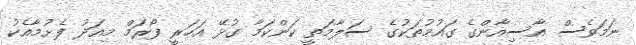
ނަމަވެސް އާސިއާންގެ ގައުމުތަކުގެ ސަލާމަތީ ކަންކަމާ ގުޅޭ އަހަރީ ފޯރަމް މިއަދު ފެށުމާއެކު